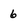
Character: 6